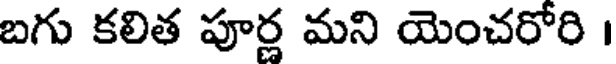
బగు కలిత పూర్ణ మని యెంచరోరి ।